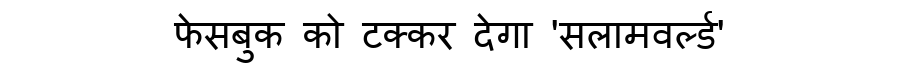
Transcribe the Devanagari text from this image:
फेसबुक को टक्कर देगा 'सलामवर्ल्ड'